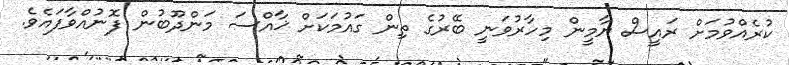
ކުރެއްވުމަށް ރައީސް ޔާމީން މިހާރުވަނީ ބޭރުގެ ތިން ގައުމަކަށް ޚާއްސަ މަންދޫބުން ފޮނުއްވާފައެވެ.